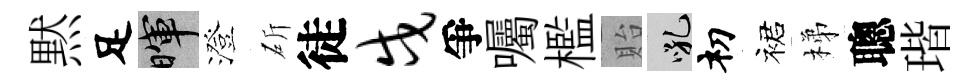
黙足暉澄斫徒戍爭囑檻貽吼𥘉裙梯聰瑎